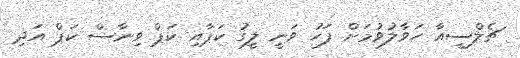
ޗެލްސީއާ ހަވާލުވުމަށް ފަހު ވަނީ ލީގު ކަޕާއި ކަޕް ވިނާސް ކަޕް އަދި